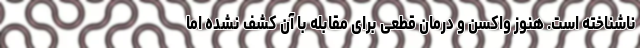
ناشناخته است. هنوز واکسن و درمان قطعی برای مقابله با آن کشف نشده اما